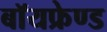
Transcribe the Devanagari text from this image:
बॉयफ्रेण्ड